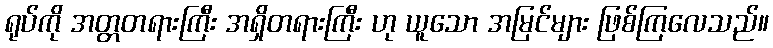
ရုပ်ကို အတ္တတရားကြီး အရှိတရားကြီး ဟု ယူသော အမြင်များ ဖြစ်ကြလေသည်။